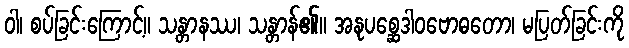
ဝါ၊ စပ်ခြင်းကြောင့်။ သန္တာနဿ၊ သန္တာန်၏။ အနုပစ္ဆေဒါဝဗောဓတော၊ မပြတ်ခြင်းကို